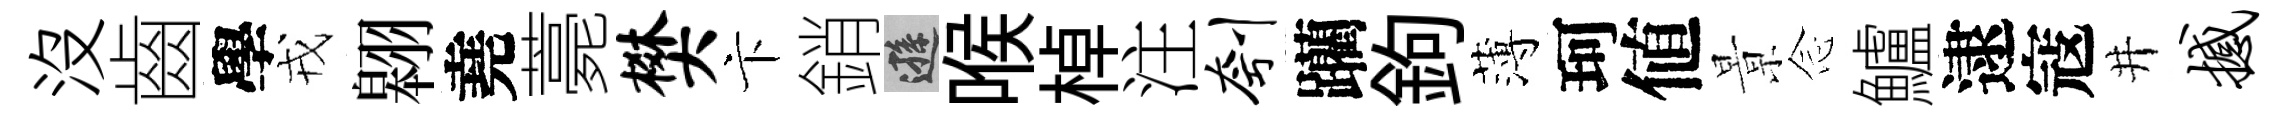
没齒學戎翱堯薧樊卞銷遜喉棹注刳躪鉤薄珂値㬌𫝹鱸逮寇井撼